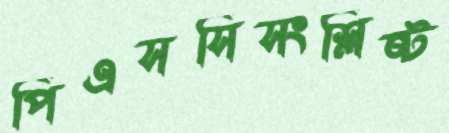
পিএসসিসংশ্লিষ্ট